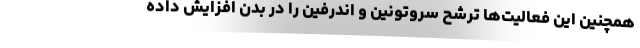
همچنین این فعالیت‌ها ترشح سروتونین و اندرفین را در بدن افزایش داده